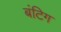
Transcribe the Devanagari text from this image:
बंटिग